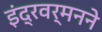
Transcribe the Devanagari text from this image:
इंद्रवर्मनने